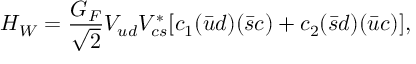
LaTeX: H _ { W } = { \frac { G _ { F } } { \sqrt 2 } } V _ { u d } V _ { c s } ^ { * } [ c _ { 1 } ( \bar { u } d ) ( \bar { s } c ) + c _ { 2 } ( \bar { s } d ) ( \bar { u } c ) ] ,